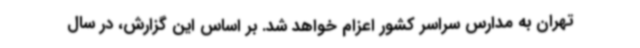
تهران به مدارس سراسر کشور اعزام خواهد شد. بر اساس این گزارش، در سال